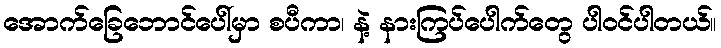
အောက်ခြေဘောင်ပေါ်မှာ စပီကာ၊ နဲ့ နားကြပ်ပေါက်တွေ ပါဝင်ပါတယ်။